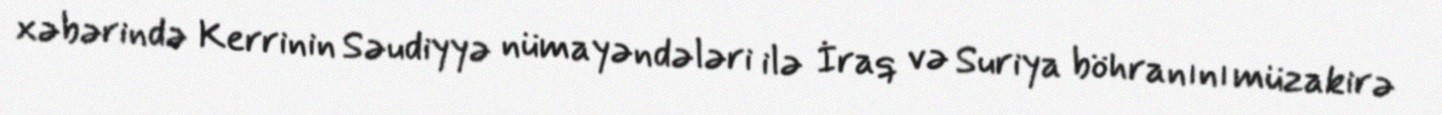
xəbərində Kerrinin Səudiyyə nümayəndələri ilə İraq və Suriya böhranını müzakirə